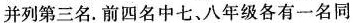
并列第三名。前四名中七、八年级各有一名同